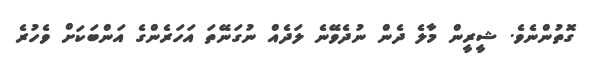
ގޮތުންނެވެ. ޝީރީން މާލެ ދެން ނުދެވޭނެ ލަދެއް ނުގަނޭތަ އަހަރެންގެ އަންބަކަށް ވެހުރެ